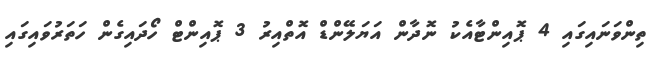
ތިންވަނައިގައި 4 ޕޮއިންޓާއެކު ނޮދާން އަޔަލޭންޑް އޮތްއިރު 3 ޕޮއިންޓް ހޯދައިގެން ހަތަރުވައިގައި